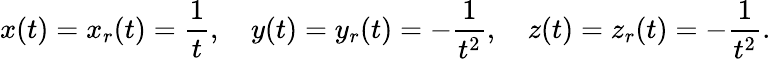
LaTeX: x(t)=x_{r}(t)={\frac{1}{t}},\quad y(t)=y_{r}(t)=-{\frac{1}{t^{2}}},\quad z(t)=z_{r}(t)=-{\frac{1}{t^{2}}}.